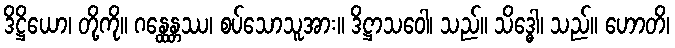
ဒိဋ္ဌိယော၊ တို့ကို။ ဂန္ထေန္တဿ၊ စပ်သောသူအား။ ဒိဋ္ဌာသဝေါ၊ သည်။ သိဒ္ဓေါ၊ သည်။ ဟောတိ၊